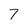
Character: 7